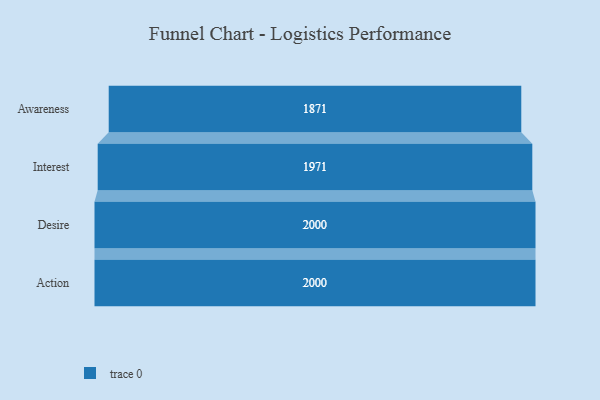
{"axis": {"x": "Stage", "y": "Value"}, "legend": [""], "data": [{"x": "Awareness", "y": 1871.0, "type": ""}, {"x": "Interest", "y": 1971.0, "type": ""}, {"x": "Desire", "y": 2000, "type": ""}, {"x": "Action", "y": 2000, "type": ""}]}